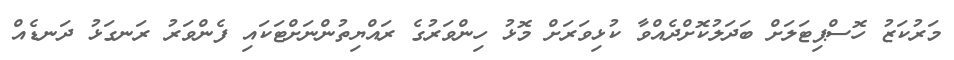
މަރުކަޒު ހޮސްޕިޓަލަށް ބަދަލުކޮށްދެއްވާ ކުޅިވަރަށް މޮޅު ހިންވަރުގެ ރައްޔިތުންނަށްޓަކައި ފެންވަރު ރަނގަޅު ދަނޑެއް